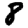
Digit: 8